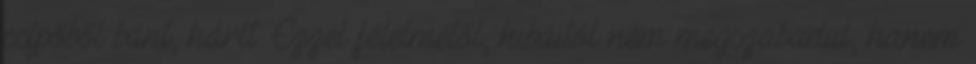
csípőből bánt, hárít. Ezzel félelmétől, hibáitól nem megszabadul, hanem